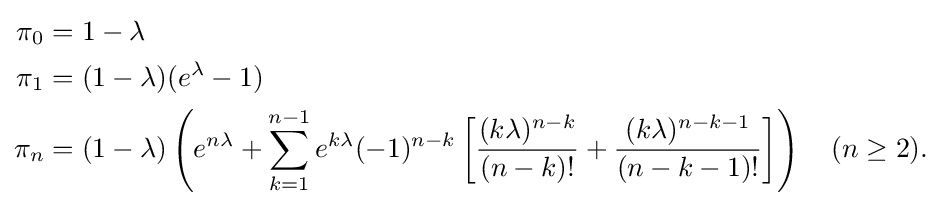
{\begin{aligned}\pi _{0}&=1-\lambda \\\pi _{1}&=(1-\lambda )(e^{\lambda }-1)\\\pi _{n}&=(1-\lambda )\left(e^{n\lambda }+\sum _{k=1}^{n-1}e^{k\lambda }(-1)^{n-k}\left[{\frac {(k\lambda )^{n-k}}{(n-k)!}}+{\frac {(k\lambda )^{n-k-1}}{(n-k-1)!}}\right]\right)\quad (n\geq 2).\end{aligned}}